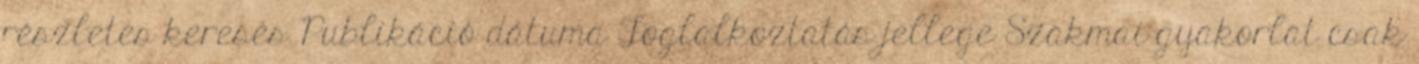
részletes keresés Publikáció dátuma Foglalkoztatás jellege Szakmai gyakorlat csak